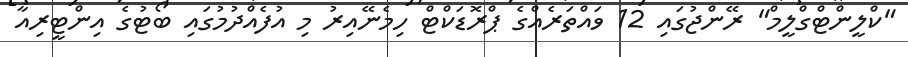
"ކްލީންޓްގްލީމް" ރޭންޖުގައި 12 ވައްތަރެއްގެ ޕްރޮޑަކްޓް ހިމެނޭއިރު މި އުފެއްދުމުގައި ބޯޓުގެ އިންޓީރިއާ